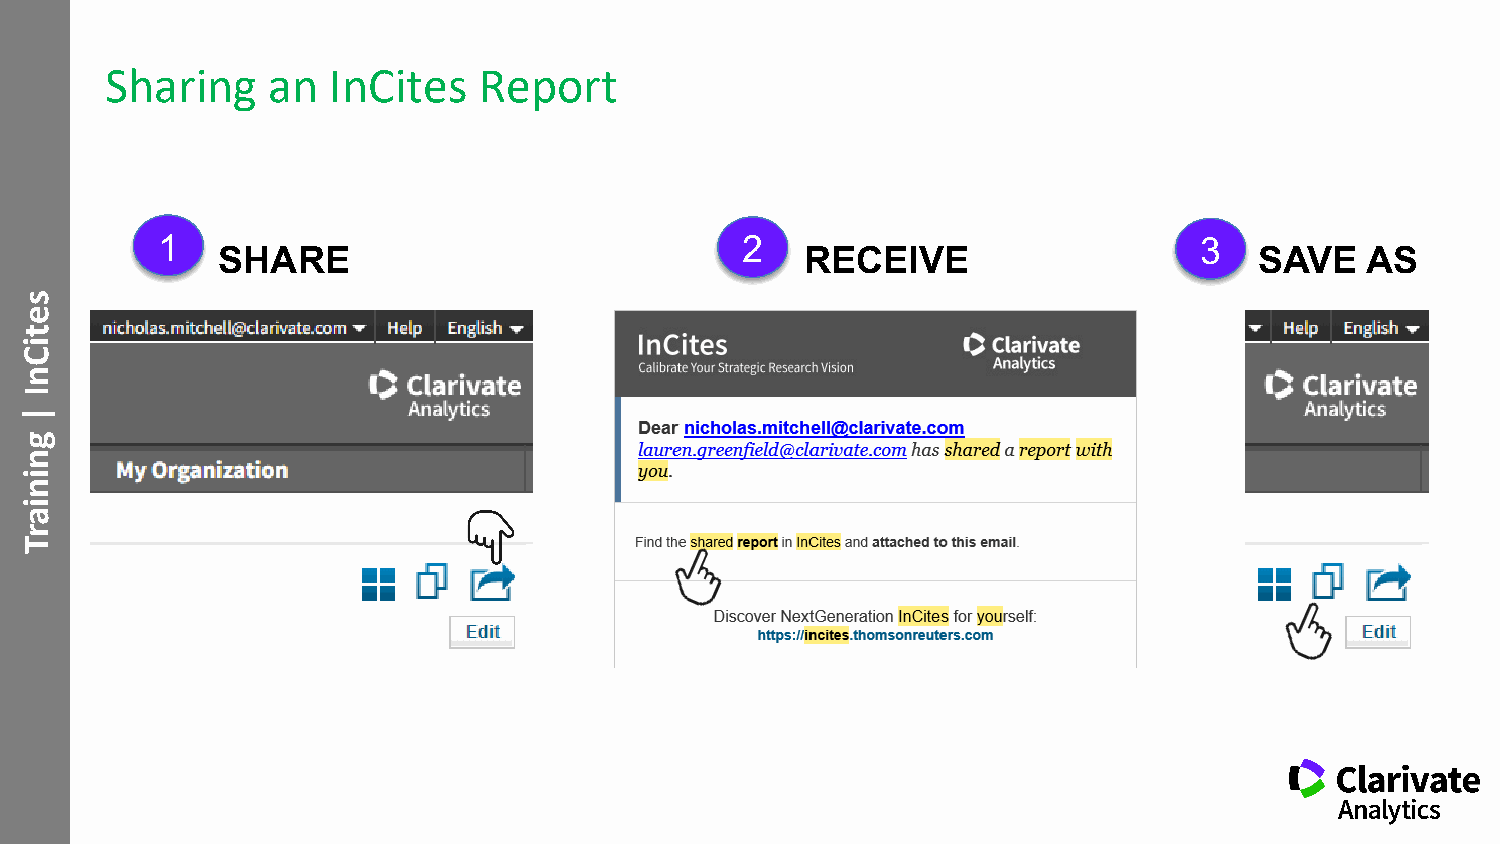
Sharing    an  InCites   Report
 1                                      2                             3
 SHARE                                  RECEIVE                       SAVE   AS
 setiCnI
 |
 gniniarT